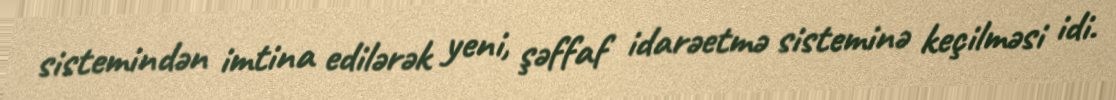
sistemindən imtina edilərək yeni, şəffaf idarəetmə sisteminə keçilməsi idi.